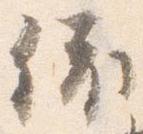
依